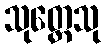
သုတ္တေသု